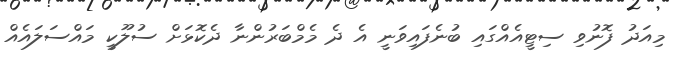
މިއަދު ފޮނުވި ސިޓީއެއްގައި ބުނެފައިވަނީ އެ ދެ މެމްބަރުންނާ ދެކޮޅަށް ސުލޫކީ މައްސަލައެއް